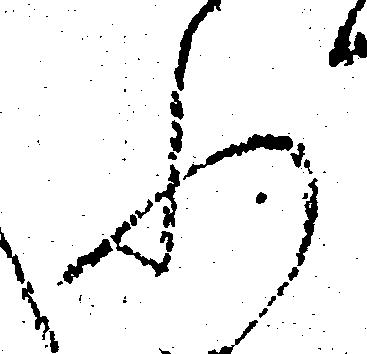
れ